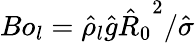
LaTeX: Bo_{l}=\hat{\rho}_{l}\hat{g}{\hat{R}_{0}}^{2}/\hat{\sigma}